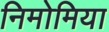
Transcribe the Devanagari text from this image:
निमोमिया